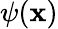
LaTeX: \psi(\mathbf{x})